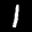
Label: 1